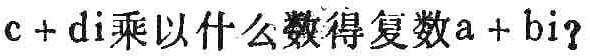
$c + d\text{i}$乘以什么数得复数$a + b\text{i}$?